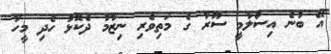
އޭ ބުނެ އިސްލާމީ ސޫރާ ގެ މަތިވެރި ނިޒާމާ ދެކޮޅު ހެދި މީހާ